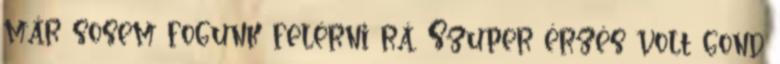
már sosem fogunk felérni rá. Szuper érzés volt gond